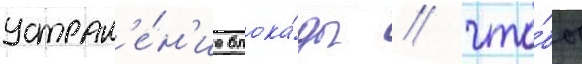
устран'е́н'ие блока́ды / что́бы